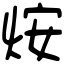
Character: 𤇼